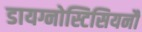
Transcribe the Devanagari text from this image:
डायग्नोस्टिसियनौं